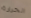
الحرارة